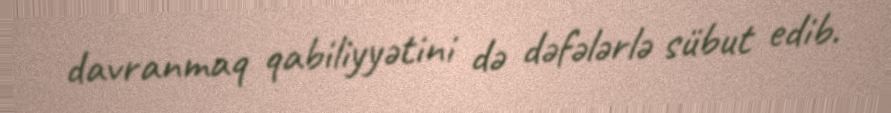
davranmaq qabiliyyətini də dəfələrlə sübut edib.